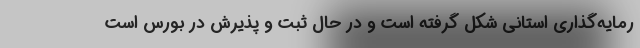
رمایه‌گذاری استانی شکل‌ گرفته است و در حال ثبت و پذیرش در بورس است